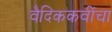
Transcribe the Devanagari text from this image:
वैदिककवींचा